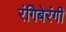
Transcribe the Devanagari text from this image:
रंगिबेरंगी